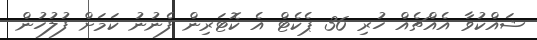
ޝައްކުވާ އެއްޗެއް ހުރި 36 ޕެކެޓް އެ ކޮޓަރިން ފެނުނު ކަމަށް ފުލުހުން